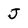
Character: J